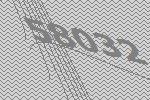
58032